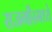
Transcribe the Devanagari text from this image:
राजगीरमध्ये